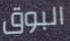
البوق